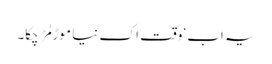
یہ اب‘ وقت اک نیا موڑ مُڑ چکا۔